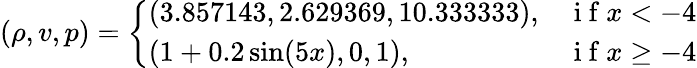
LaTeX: (\rho,v,p)=\left\{ \begin{array}{ll}{(3.857143,2.629369,10.333333),}&{\mathrm{~i~f~}x<-4}\\ {(1+0.2\sin(5x),0,1),}&{\mathrm{~i~f~}x\geq-4}\end{array}\right.